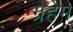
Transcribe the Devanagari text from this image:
ग्रेहेम